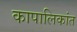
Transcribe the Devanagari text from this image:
कापालिकांत